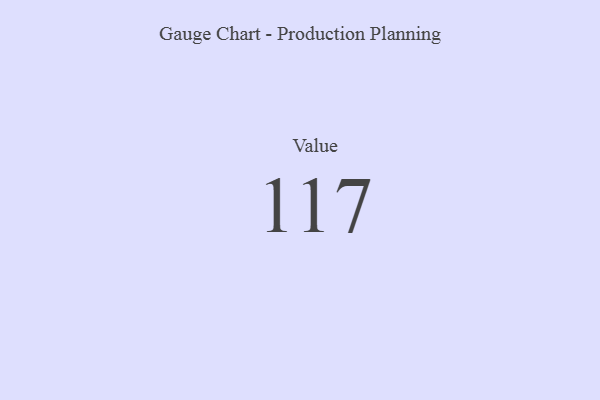
{"axis": {"x": "Metric", "y": "Value"}, "legend": [""], "data": [{"x": "Value", "y": 117, "type": ""}]}